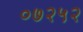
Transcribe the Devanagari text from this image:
०७२५२